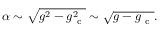
\alpha \sim \sqrt { g ^ { 2 } - g _ { \mathrm { ~ c ~ } } ^ { 2 } } \sim \sqrt { g - g _ { \mathrm { ~ c ~ } } } .